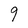
Character: 9